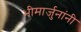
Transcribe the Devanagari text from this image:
भीमार्जुनांनी